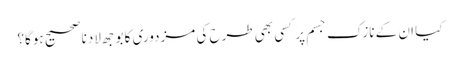
کیا ان کے نازک جسم پر کسی بھی طرح کی مزدوری کا بوجھ لادنا صحیح ہوگا؟